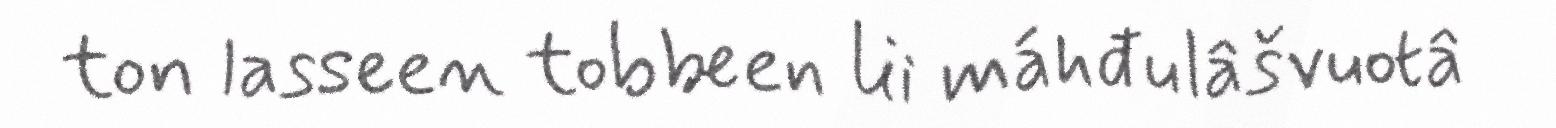
ton lasseen tobbeen lii máhđulâšvuotâ